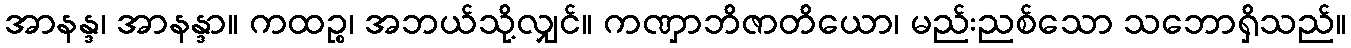
အာနန္ဒ၊ အာနန္ဒာ။ ကထဉ္စ၊ အဘယ်သို့လျှင်။ ကဏှာဘိဇာတိယော၊ မည်းညစ်သော သဘောရှိသည်။